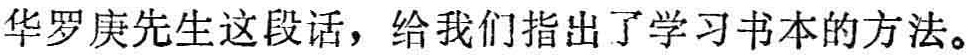
华罗庚先生这段话，给我们指出了学习书本的方法。